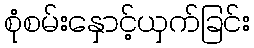
စုံစမ်းနှောင့်ယှက်ခြင်း